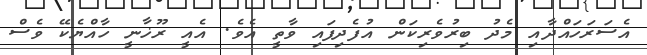
އެސަރަހައްދާއި މެދު ބިރުވެރިކަން އުފެދިފައި ވާތީ އެވެ. އެއީ ރޫޚާނީ ހާއްޔެކޭ ވެސް